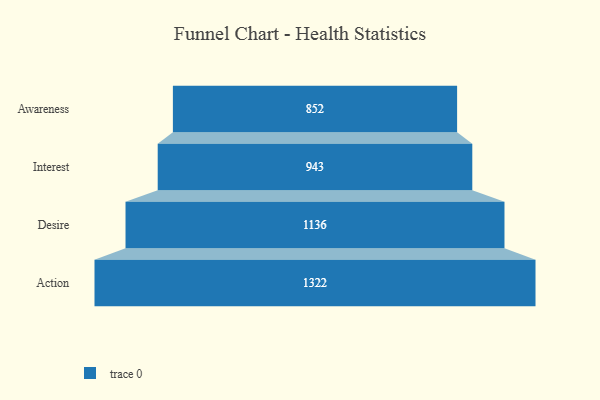
{"axis": {"x": "Stage", "y": "Value"}, "legend": [""], "data": [{"x": "Awareness", "y": 852.0, "type": ""}, {"x": "Interest", "y": 943.0, "type": ""}, {"x": "Desire", "y": 1136.0, "type": ""}, {"x": "Action", "y": 1322.0, "type": ""}]}